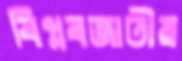
বিপ্লবজাতীয়